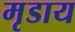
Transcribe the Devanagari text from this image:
मृडाय